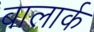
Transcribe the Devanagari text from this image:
बालार्क